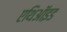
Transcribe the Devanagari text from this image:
एथिऑइड